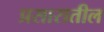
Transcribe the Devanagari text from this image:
प्रसारातील